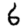
Digit: 6